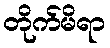
တိုက်မိရာ